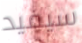
سيفيد